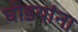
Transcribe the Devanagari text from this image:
घोडयांना